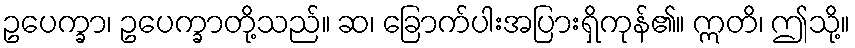
ဥပေက္ခာ၊ ဥပေက္ခာတို့သည်။ ဆ၊ ခြောက်ပါးအပြားရှိကုန်၏။ ဣတိ၊ ဤသို့။